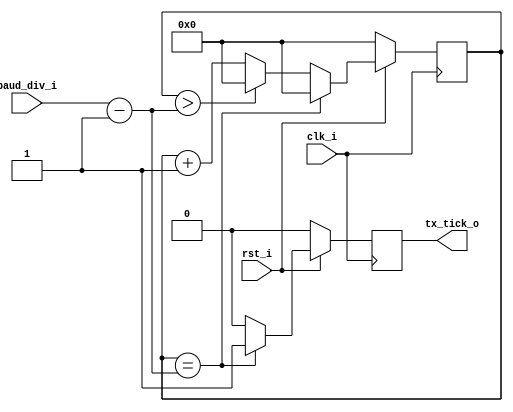
`timescale 1ns / 1 ps

// receiver yeni taktikle 20 milyon baud'a kadar dogru haberlesiyor.

module baud_rate_generator
(
   input         clk_i,
   input         rst_i,
   output        tx_tick_o,
   input  [15:0] baud_div_i 
);
    
   reg tx_tick_o_r ;
  
   assign tx_tick_o = tx_tick_o_r;
       
   wire [15:0] max_t_clock;
   assign max_t_clock = baud_div_i;
   
   reg [15:0] tx_counter ;

   always @(posedge clk_i) begin
 
      if(!rst_i) begin // rst_i == 0 ise resetlenecek
         tx_counter  <= 32'd0;
         tx_tick_o_r <= 1'b0;
      end
      
      else begin 
         // tx clock
         if (tx_counter == (max_t_clock-1'b1)) begin
            tx_counter  <= 32'd0;
            tx_tick_o_r <= 1'b1;
         end 
         else if (tx_counter > (max_t_clock-1'b1)) begin
            tx_counter  <= 32'd0;
            tx_tick_o_r <= 1'b0;
         end
         else begin
            tx_counter  <= tx_counter + 1'b1;
            tx_tick_o_r <= 1'b0;
         end
         
      end
    end
    
endmodule